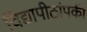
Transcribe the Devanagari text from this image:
विद्यापीठांपकी